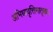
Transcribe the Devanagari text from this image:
अभिधावृत्तिमातृका।